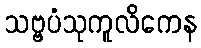
သဗ္ဗပံသုကူလိကေန